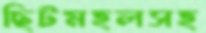
ছিটমহলসহ